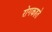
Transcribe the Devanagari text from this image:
रोगकहते